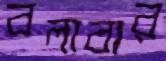
বলাবার